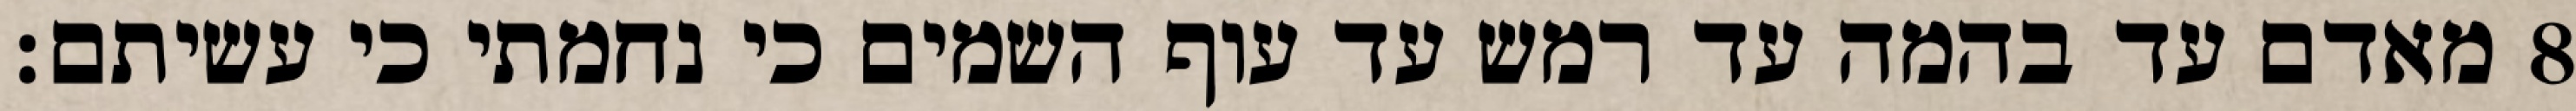
מאדם עד בהמה עד רמש עד עוף השמים כי נחמתי כי עשיתם׃ ‎8‏